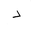
Letter: _dal